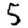
Digit: 5